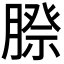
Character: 𮌰